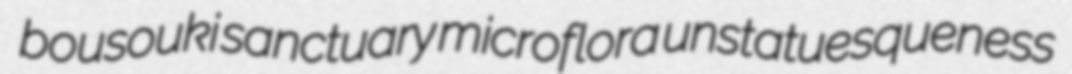
bousouki sanctuary microflora unstatuesqueness